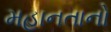
મહાનતાનો